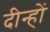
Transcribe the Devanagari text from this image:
दीन्हों